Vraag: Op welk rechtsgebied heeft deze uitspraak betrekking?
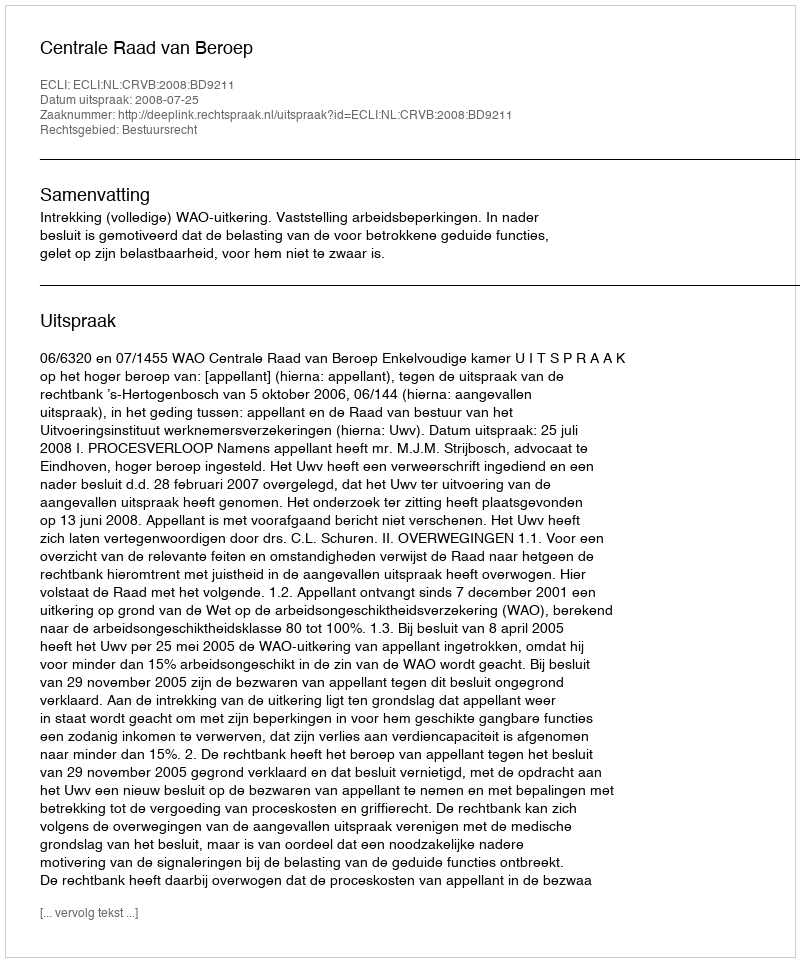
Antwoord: Bestuursrecht